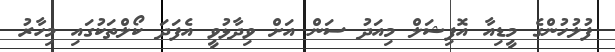
ފުލުހުންގެ މީޑިއާ އޮފިޝަލް މިއަދު ސަން އަށް ވިދާޅުވީ އެފަދަ ކޯލްތަކުގައި މިހާރު